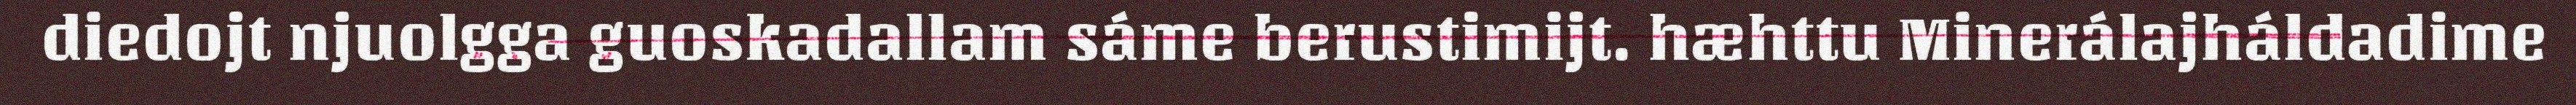
diedojt njuolgga guoskadallam sáme berustimijt. hæhttu Minerálajháldadime